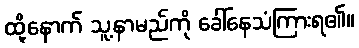
ထို့နောက် သူ့နာမည်ကို ခေါ်နေသံကြားရ၏။